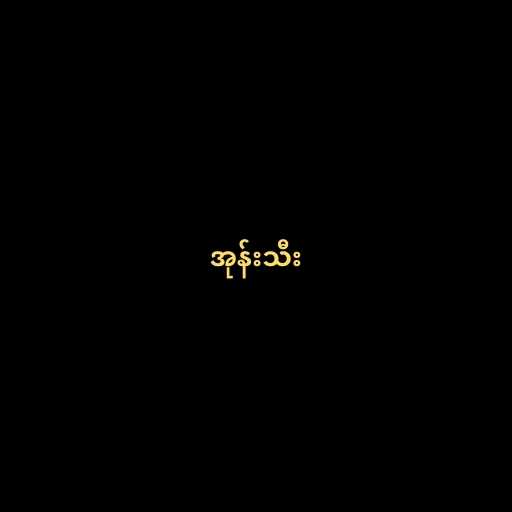
အုန်းသီး